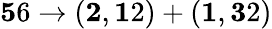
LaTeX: {\mathbf 56}\to({\mathbf 2},{\mathbf 12})+({\mathbf 1},{\mathbf 32})